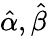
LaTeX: {\hat{\alpha}},{\hat{\beta}}